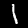
Label: 1